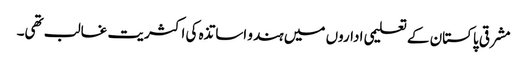
مشرقی پاکستان کے تعلیمی اداروں میں ہندو اساتذہ کی اکثریت غالب تھی۔